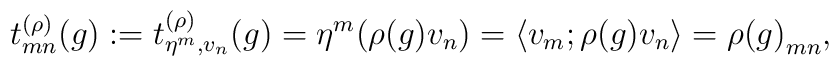
t_{mn}^{(\rho)}(g) := t_{\eta^m,v_n}^{(\rho)}(g)     = \eta^m(\rho(g)v_n) = \left<v_m;\rho(g)v_n\right> = {\rho(g)}_{mn},